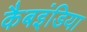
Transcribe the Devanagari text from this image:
कैबइंडिया